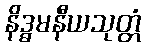
နိဒ္ဓမနီယသုတ္တံ